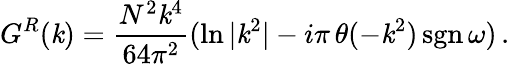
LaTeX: G^{R}(\mathit{k})={\frac{{N^{2}\mathit{k}^{4}}}{{64\pi^{2}}}}(\ln{|\mathit{k}^{2}|}-i\pi\, \theta(-\mathit{k}^{2})\, \mathrm{{sgn}}\, \omega)\, .